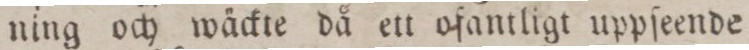
ning och wäckte då ett ofantligt uppſeende